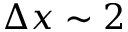
\Delta x \sim 2